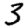
Digit: 3